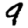
Digit: 9